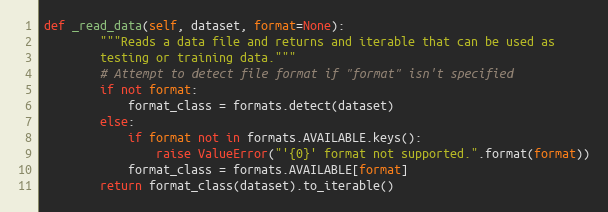
Language: Python
def _read_data(self, dataset, format=None):
        """Reads a data file and returns and iterable that can be used as
        testing or training data."""
        # Attempt to detect file format if "format" isn't specified
        if not format:
            format_class = formats.detect(dataset)
        else:
            if format not in formats.AVAILABLE.keys():
                raise ValueError("'{0}' format not supported.".format(format))
            format_class = formats.AVAILABLE[format]
        return format_class(dataset).to_iterable()